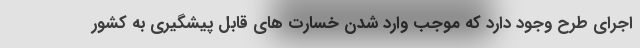
اجرای طرح وجود دارد که موجب وارد شدن خسارت های قابل پیشگیری به کشور